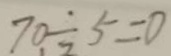
7 0 \div 5 = 0